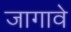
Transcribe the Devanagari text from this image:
जागावे